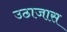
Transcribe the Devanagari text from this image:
उठाजास